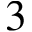
3